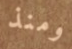
ومنذ